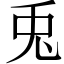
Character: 兎